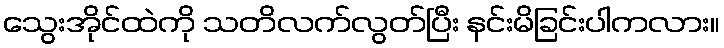
သွေးအိုင်ထဲကို သတိလက်လွတ်ပြီး နင်းမိခြင်းပါကလား။